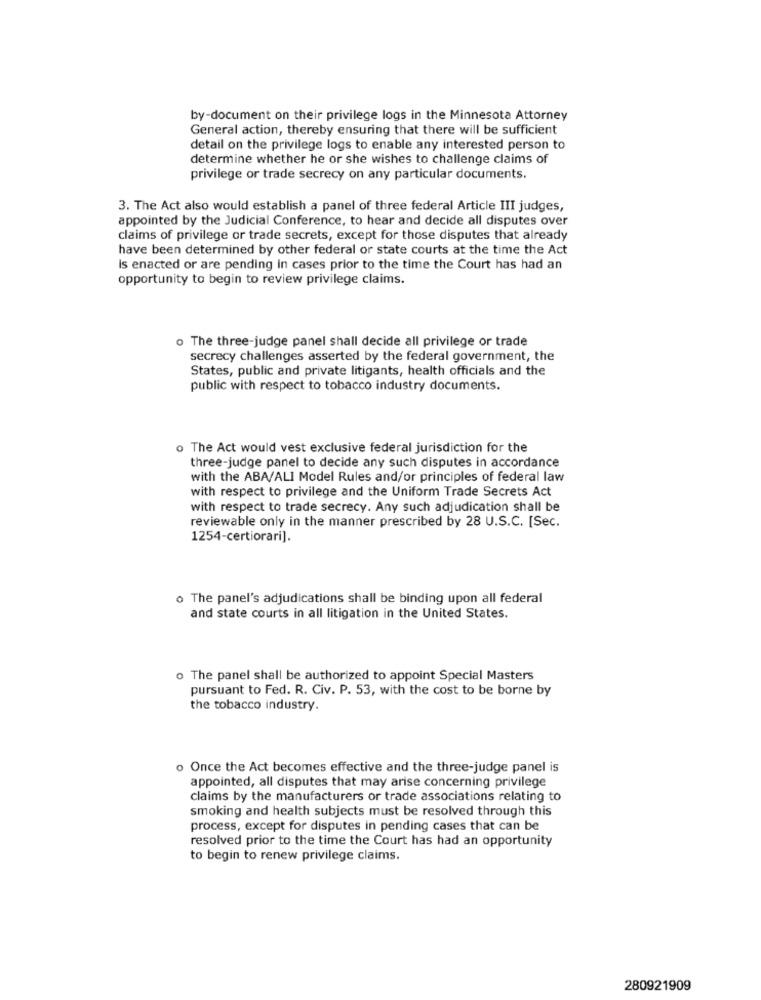
by-document on their privilege logs in the Minnesota Attorney
General action, thereby ensuring that there will be sufficient
detail on the privilege logs to enable any interested person to
determine whether he or she wishes to challenge claims of
privilege or trade secrecy on any particular documents.
3. The Act also would establish a panel of three federal Article III judges,
appointed by the Judicial Conference, to hear and decide all disputes over
claims of privilege or trade secrets, except for those disputes that already
have been determined by other federal or state courts at the time the Act
is enacted or are pending in cases prior to the time the Court has had an
opportunity to begin to review privilege claims.
o The three-judge panel shall decide all privilege or trade
secrecy challenges asserted by the federal government, the
States, public and private litigants, health officials and the
public with respect to tobacco industry documents.
o The Act would vest exclusive federal jurisdiction for the
three-judge panel to decide any such disputes in accordance
with the ABA/ALI Model Rules and/or principles of federal law
with respect to privilege and the Uniform Trade Secrets Act
with respect to trade secrecy. Any such adjudication shall be
reviewable only in the manner prescribed by 28 U.S.C. [Sec.
1254-certiorari].
o The panel's adjudications shall be binding upon all federal
and state courts in all litigation in the United States.
o The panel shall be authorized to appoint Special Masters
pursuant to Fed. R. Civ. P. 53, with the cost to be borne by
the tobacco industry.
Once the Act becomes effective and the three-judge panel is
appointed, all disputes that may arise concerning privilege
claims by the manufacturers or trade associations relating to
smoking and health subjects must be resolved through this
process, except for disputes in pending cases that can be
resolved prior to the time the Court has had an opportunity
to begin to renew privilege claims.
280921909